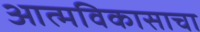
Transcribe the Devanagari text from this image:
आत्मविकासाचा